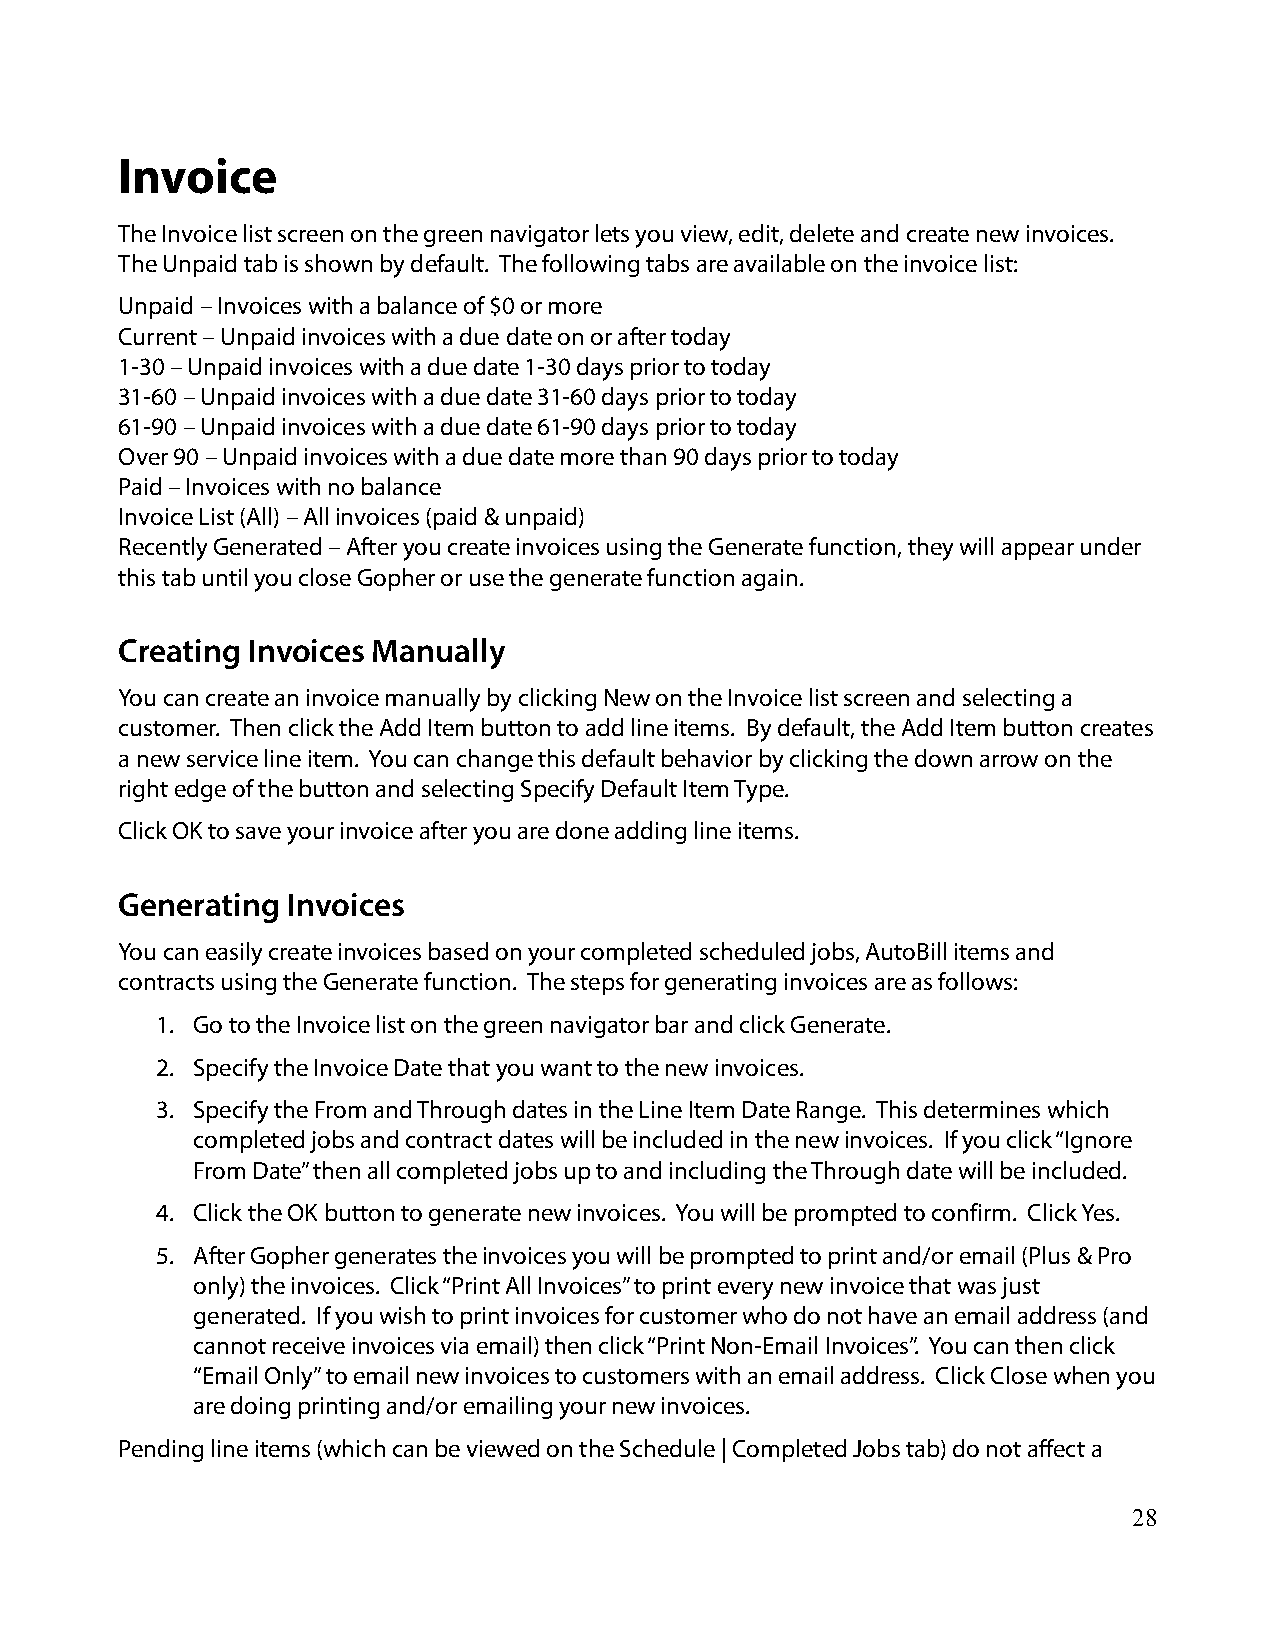
Invoice
 The Invoice list screen on the green navigator lets you view, edit, delete and create new invoices.
 The Unpaid tab is shown by default. The following tabs are available on the invoice list:
 Unpaid – Invoices with a balance of $0 or more
 Current – Unpaid invoices with a due date on or after today
 1-30 – Unpaid invoices with a due date 1-30 days prior to today
 31-60 – Unpaid invoices with a due date 31-60 days prior to today
 61-90 – Unpaid invoices with a due date 61-90 days prior to today
 Over 90 – Unpaid invoices with a due date more than 90 days prior to today
 Paid – Invoices with no balance
 Invoice List (All) – All invoices (paid & unpaid)
 Recently Generated – After you create invoices using the Generate function, they will appear under
 this tab until you close Gopher or use the generate function again.
 Creating Invoices Manually
 You can create an invoice manually by clicking New on the Invoice list screen and selecting a
 customer. Then click the Add Item button to add line items. By default, the Add Item button creates
 a new service line item. You can change this default behavior by clicking the down arrow on the
 right edge of the button and selecting Specify Default Item Type.
 Click OK to save your invoice after you are done adding line items.
 Generating Invoices
 You can easily create invoices based on your completed scheduled jobs, AutoBill items and
 contracts using the Generate function. The steps for generating invoices are as follows:
 1. Go to the Invoice list on the green navigator bar and click Generate.
 2. Specify the Invoice Date that you want to the new invoices.
 3. Specify the From and Through dates in the Line Item Date Range. This determines which
 completed jobs and contract dates will be included in the new invoices. If you click “Ignore
 From Date” then all completed jobs up to and including the Through date will be included.
 4. Click the OK button to generate new invoices. You will be prompted to confirm. Click Yes.
 5. After Gopher generates the invoices you will be prompted to print and/or email (Plus & Pro
 only) the invoices. Click “Print All Invoices” to print every new invoice that was just
 generated. If you wish to print invoices for customer who do not have an email address (and
 cannot receive invoices via email) then click “Print Non-Email Invoices”. You can then click
 “Email Only” to email new invoices to customers with an email address. Click Close when you
 are doing printing and/or emailing your new invoices.
 Pending line items (which can be viewed on the Schedule | Completed Jobs tab) do not affect a
 28